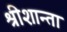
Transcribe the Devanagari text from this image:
श्रीशान्ता